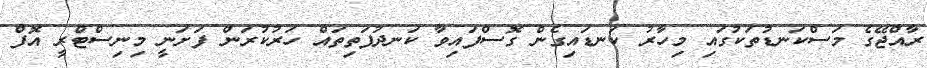
ރާއްޖޭގެ މަސްކަނޑުތަކުގައި މިހާރު ކަނޑައިގެން ގޮސްފައިވާ ކަނދުފަތިތައް ހަރުކުރަން ފަށަނީ މިނިސްޓްރީ އޮފް